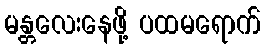
မန္တလေးနေဖို့ ပထမရောက်